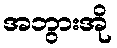
အဘွားအို